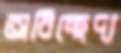
অবিচ্ছেদ্য